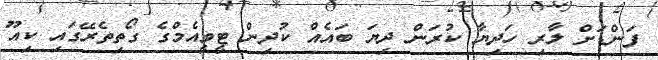
ފަންޑަށް ލާރި ހަދިޔާ ކުރަން ދިޔަ ބައެއް ކުދިން ޓީވީއެމްގެ ގޯތިތެރޭގައި ކިއޫ